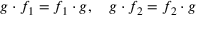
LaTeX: g \cdot f _ { 1 } = f _ { 1 } \cdot g , \quad g \cdot f _ { 2 } = f _ { 2 } \cdot g